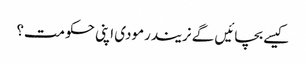
کیسے بچائیں گے نریندرمودی اپنی حکومت؟